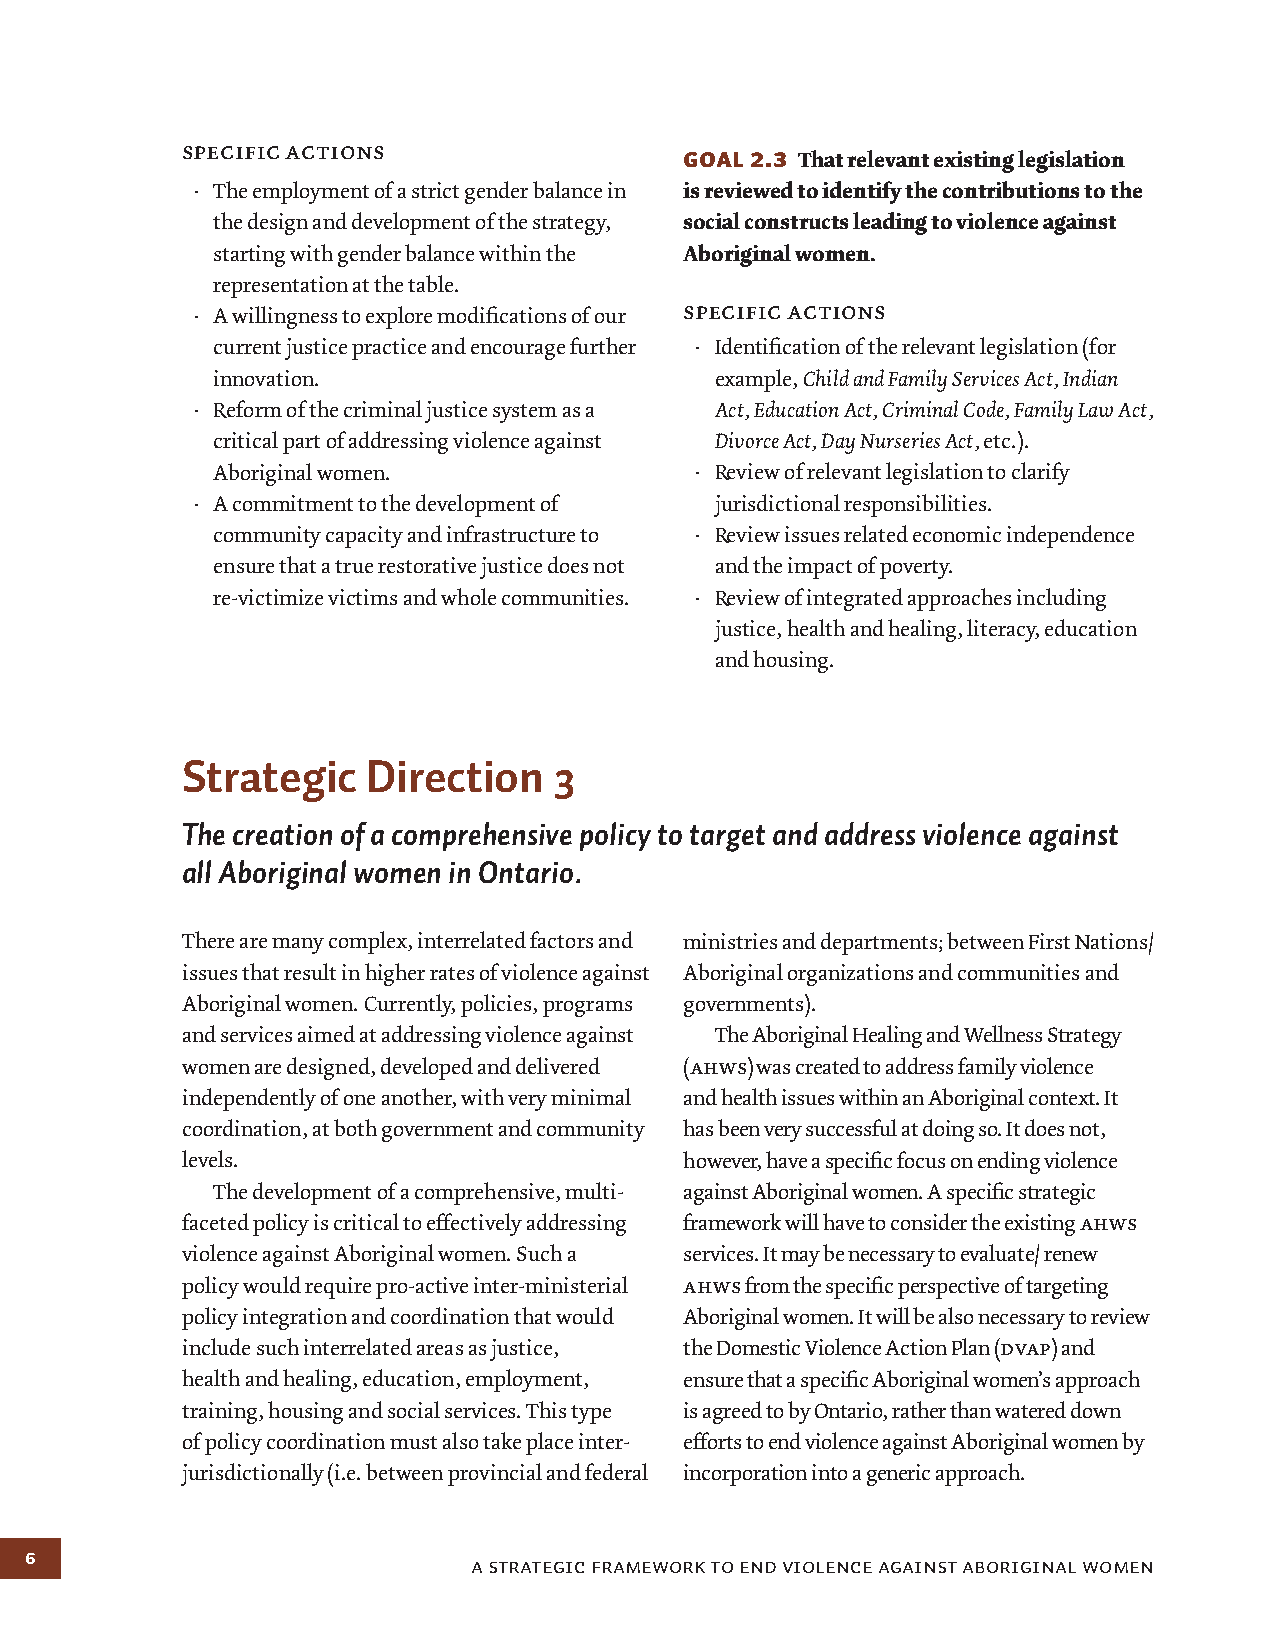
specific actions                 Goal 2.3 That relevant existing legislation
 · The employment of a strict gender balance in is reviewed to identify the contributions to the
 the design and development of the strategy, social constructs leading to violence against
 starting with gender balance within the Aboriginal women.
 representation at the table.
 specific actions
 · A willingness to explore modifications of our
 current justice practice and encourage further · Identification of the relevant legislation (for
 innovation.                      example, Child and Family Services Act, Indian
 · Reform of the criminal justice system as a Act, Education Act, Criminal Code, Family Law Act,
 critical part of addressing violence against Divorce Act, Day Nurseries Act, etc.).
 Aboriginal women.               · Review of relevant legislation to clarify
 · A commitment to the development of jurisdictional responsibilities.
 community capacity and infrastructure to · Review issues related economic independence
 ensure that a true restorative justice does not and the impact of poverty.
 re-victimize victims and whole communities. · Review of integrated approaches including
 justice, health and healing, literacy, education
 and housing.
 Strategic   Direction    3
 The creation of a comprehensive policy to target and address violence against
 all Aboriginal women in Ontario.
 There are many complex, interrelated factors and ministries and departments; between First Nations/
 issues that result in higher rates of violence against Aboriginal organizations and communities and
 Aboriginal women. Currently, policies, programs governments).
 and services aimed at addressing violence against The Aboriginal Healing and Wellness Strategy
 women are designed, developed and delivered (ahws) was created to address family violence
 independently of one another, with very minimal and health issues within an Aboriginal context. It
 coordination, at both government and community has been very successful at doing so. It does not,
 levels.                          however, have a specific focus on ending violence
 The development of a comprehensive, multi- against Aboriginal women. A specific strategic
 faceted policy is critical to effectively addressing framework will have to consider the existing ahws
 violence against Aboriginal women. Such a services. It may be necessary to evaluate/ renew
 policy would require pro-active inter-ministerial ahws from the specific perspective of targeting
 policy integration and coordination that would Aboriginal women. It will be also necessary to review
 include such interrelated areas as justice, the Domestic Violence Action Plan (dvap) and
 health and healing, education, employment, ensure that a specific Aboriginal women’s approach
 training, housing and social services. This type is agreed to by Ontario, rather than watered down
 of policy coordination must also take place inter- efforts to end violence against Aboriginal women by
 jurisdictionally (i.e. between provincial and federal incorporation into a generic approach.
 6
 A Strategic Framework to end violence against aboriginal women